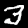
Digit: 3